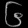
Digit: ၆